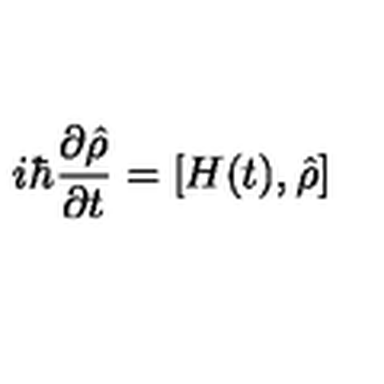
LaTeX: i \hbar \frac { \partial \hat { \rho } } { \partial t } = \left[ H ( t ) , \hat { \rho } \right]